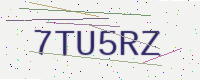
Text: 7TU5RZ